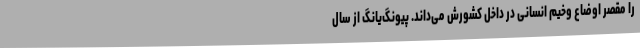
را مقصر اوضاع وخیم انسانی در داخل کشورش می‌داند. پیونگ‌یانگ از سال